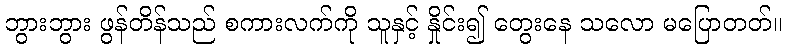
ဘွားဘွား ဖွန်တိန်သည် စကားလက်ကို သူနှင့် နှိုင်း၍ တွေးနေ သလော မပြောတတ်။